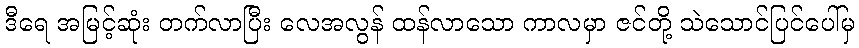
ဒီရေ အမြင့်ဆုံး တက်လာပြီး လေအလွန် ထန်လာသော ကာလမှာ ဇင်တို့ သဲသောင်ပြင်ပေါ်မှ